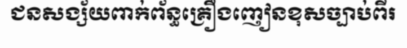
ជនសង្ស័យពាក់ព័ន្ធគ្រឿងញៀនខុសច្បាប់ពីរ